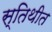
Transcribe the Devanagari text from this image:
स्तिथीत